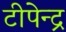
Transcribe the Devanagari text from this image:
टीपेन्द्र